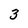
Character: 3